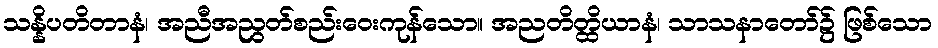
သန္နိပတိတာနံ၊ အညီအညွတ်စည်းဝေးကုန်သော။ အညတိတ္ထိယာနံ၊ သာသနာတော်၌ ဖြစ်သော